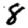
Digit: 8